Annual administration report of the Civil Veterinary Department of India - 1902-1903
Year: 1902
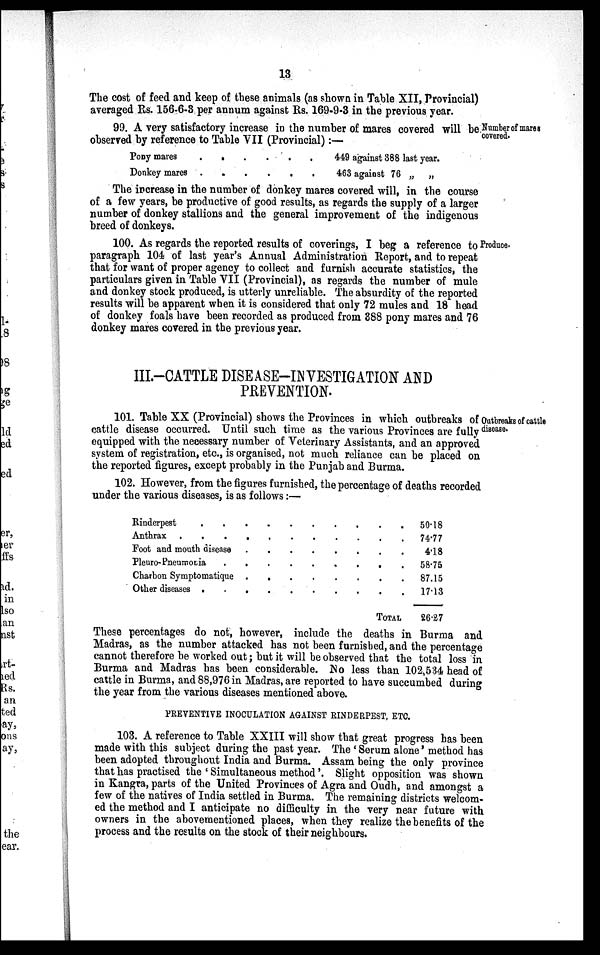
13
The cost of feed and keep of these animals (as shown in Table XII, Provincial)
averaged Rs. 156-6-3 per annum against Rs. 169-9-3 in the previous year.
Number of mares
covered.
99. A very satisfactory increase in the number of mares covered will be
observed by reference to Table VII (Provincial):—
Pony mares
Donkey mares
.
.
.
.
.
.
.
.
.
.
.
.
449 against 388 last year.
463 against 76 „
„
The increase in the number of donkey mares covered will, in the course
of a few years, be productive of good results, as regards the supply of a larger
number of donkey stallions and the general improvement of the indigenous
breed of donkeys.
Produce.
100. As regards the reported results of coverings, I beg a reference to
paragraph 104 of last year's Annual Administration Report, and to repeat
that for want of proper agency to collect and furnish accurate statistics, the
particulars given in Table VII (Provincial), as regards the number of mule
and donkey stock produced, is utterly unreliable. The absurdity of the reported
results will be apparent when it is considered that only 72 mules and 18 head
of donkey foals have been recorded as produced from 388 pony mares and 76
donkey mares covered in the previous year.
III.-CATTLE DISEASE-INVESTIGATION AND
PREVENTION.
Outbreaks of cattle
disease.
101. Table XX (Provincial) shows the Provinces in which outbreaks of
cattle disease occurred. Until such time as the various Provinces are fully
equipped with the necessary number of Veterinary Assistants, and an approved
system of registration, etc., is organised, not much reliance can be placed on
the reported figures, except probably in the Punjab and Burma.
102. However, from the figures furnished, the percentage of deaths recorded
under the various diseases, is as follows:—
Rinderpest . . . . . . . . . . . .
Anthrax . . . . . . . . . . . .
Foot and mouth disease . . . . . . . . .
Pleuro-Pneumonia . . . . . . . . . .
Charbon Symptomatique . . . . . . . . .
Other diseases . . . . . . . . . . .
TOTAL
50.18
74.77
4.18
58.75
87.15
17.13
26.27
These percentages do not, however, include the deaths in Burma and
Madras, as the number attacked has not been furnished, and the percentage
cannot therefore be worked out; but it will be observed that the total loss in
Burma and Madras has been considerable. No less than 102,534 head of
cattle in Burma, and 88,976 in Madras, are reported to have succumbed during
the year from the various diseases mentioned above.
PREVENTIVE INOCULATION AGAINST RINDERPEST, ETC.
103. A reference to Table XXIII will show that great progress has been
made with this subject during the past year. The 'Serum alone' method has
been adopted throughout India and Burma. Assam being the only province
that has practised the 'Simultaneous method'. Slight opposition was shown
in Kangra, parts of the United Provinces of Agra and Oudh, and amongst a
few of the natives of India settled in Burma. The remaining districts welcom-
ed the method and I anticipate no difficulty in the very near future with
owners in the abovementioned places, when they realize the benefits of the
process and the results on the stock of their neighbours.